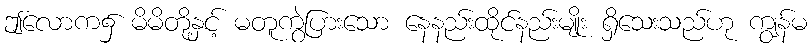
ဤလောက၌ မိမိတို့နှင့် မတူကွဲပြားသော နေနည်းထိုင်နည်းမျိုး ရှိသေးသည်ဟု ကျွန်မ